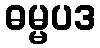
ဓမ္မပဒ